Madras plague regulations in force outside the Presidency town - Volume 3
Disease focus: Plague
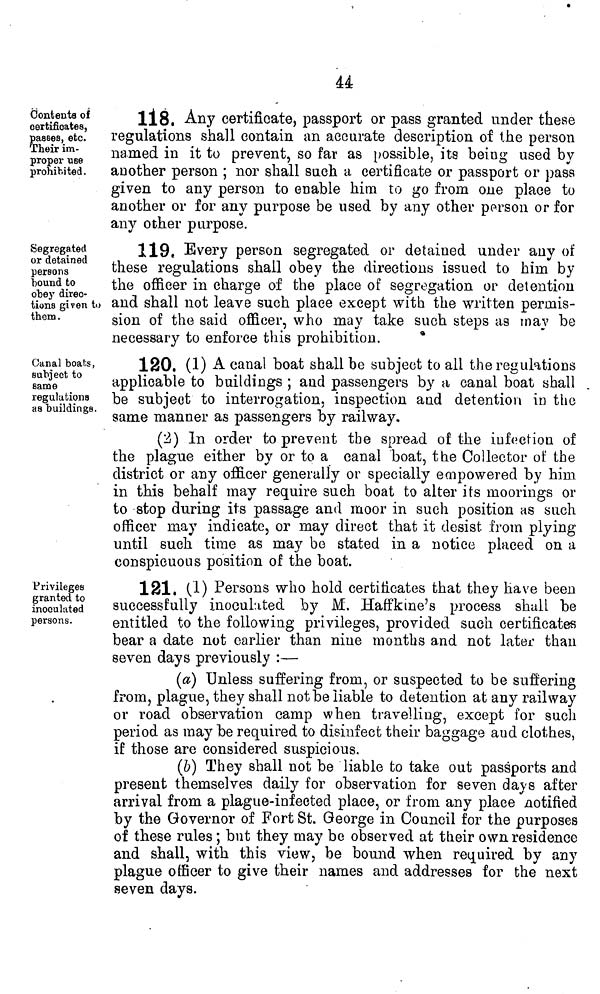
44
Contents of
certificates,
pasees, etc.
Their im-
proper use
prohibited.
1Í8. Any certificate, passport or pass granted under these
regulations shall contain an accurate description of the person
named in it to prevent, so far as possible, its being used by
another person ; nor shall such a certificate or passport or pass
given to any person to enable him to go from one place to
another or for any purpose be used by any other person or for
any other purpose.
Segregated
or detained
persons
bound to
obey direc-
tions given to
them.
119, Every person segregated or detained under any of
these regulations shall obey the directions issued to him by
the officer in charge of the place of segregation or detention
and shall not leave such place except with the written permis-
sion of the said officer, who may take such steps as may be
necessary to enforce this prohibition.
*
Canal boats,
subject to
same
regulations
as buildings.
120. (1) A canal boat shall be subject to all the regulations
applicable to buildings ; and passengers by a canal boat shall
be subject to interrogation, inspection and detention in the
same manner as passengers by railway.
(2) In order to prevent the spread of the infection of
the plague either by or to a canal boat, the Collector of the
district or any officer generally or specially empowered by him
in this behalf may require such boat to alter its moorings or
to stop during its passage and moor in such position as such
officer may indicate, or may direct that it desist from plying
until such time as may be stated in a notice placed on a
conspicuous position of the boat.
Privileges
granted to
inoculated
persons.
121. (1) Persons who hold certificates that they have been
successfully inoculated by M. Haffkine's process shall be
entitled to the following privileges, provided such certificates
bear a date not earlier than nine months and not later than
seven days previously :—
(a) Unless suffering from, or suspected to be suffering
from, plague, they shall not be liable to detention at any railway
or road observation camp when travelling, except for such
period as may be required to disinfect their baggage and clothes,
if those are considered suspicious.
(&) They shall not be liable to take out passports and
present themselves daily for observation for seven days after
arrival from a plague-infected place, or from any place notified
by the Governor of Fort St. George in Council for the purposes
of these rules ; but they may be observed at tlieir own residence
and shall, with this view, be bound when required by any
plague officer to give their names and addresses for the next
seven days.